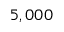
5 , 0 0 0